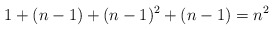
\begin{align*}1 + (n-1) + (n-1)^2 + (n-1) = n^2\end{align*}